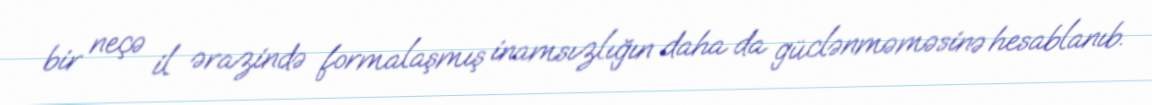
bir neçə il ərazində formalaşmış inamsızlığın daha da güclənməməsinə hesablanıb.